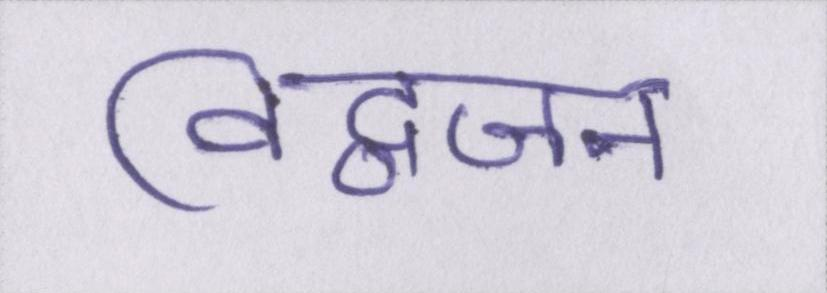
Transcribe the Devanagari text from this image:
विद्वजन